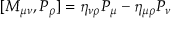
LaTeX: [ M _ { \mu \nu } , P _ { \rho } ] = \eta _ { \nu \rho } P _ { \mu } - \eta _ { \mu \rho } P _ { \nu }